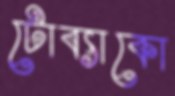
টোব্যাকো